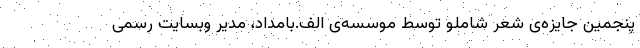
پنجمین جایزه‌ی شعر شاملو توسط موسسه‌ی الف.بامداد، مدیر وبسایت رسمی